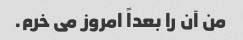
من آن را بعداً امروز می خرم.